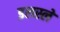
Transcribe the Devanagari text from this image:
इलस्ले